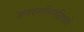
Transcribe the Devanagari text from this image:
जनरललिनलिथ्गो